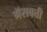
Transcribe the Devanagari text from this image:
गॅसबत्ती